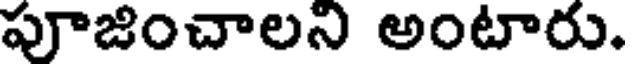
పూజించాలని అంటారు.